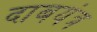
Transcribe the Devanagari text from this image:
दाबयंत्र